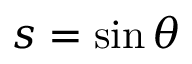
s = \sin \theta